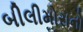
બીલીમોરાનો